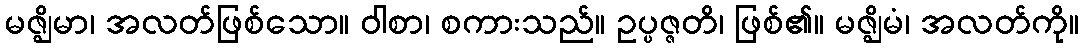
မဇ္ဈိမာ၊ အလတ်ဖြစ်သော။ ဝါစာ၊ စကားသည်။ ဥပ္ပဇ္ဇတိ၊ ဖြစ်၏။ မဇ္ဈိမံ၊ အလတ်ကို။